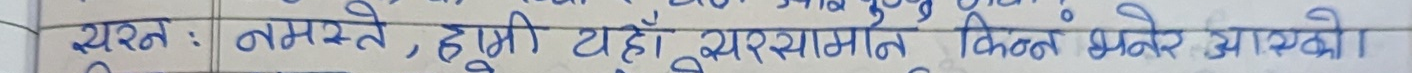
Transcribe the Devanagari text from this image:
न्यस्त : नमस्ते , छुपी यहाँ सरसामान किन्ने भयेर आथ्यो।